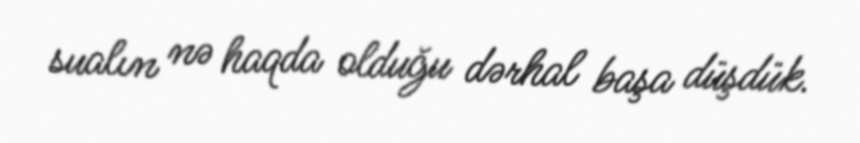
sualın nə haqda olduğu dərhal başa düşdük.